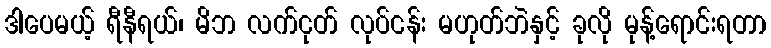
ဒါပေမယ့် ရီနီရယ်၊ မိဘ လက်ငုတ် လုပ်ငန်း မဟုတ်ဘဲနှင့် ခုလို မုန့်ရောင်းရတာ